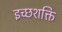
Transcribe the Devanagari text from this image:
इच्छशक्ति